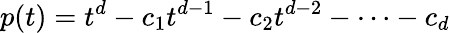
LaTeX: p(t)=t^{d}-c_{1}t^{d-1}-c_{2}t^{d-2}-\cdots-c_{d}